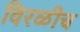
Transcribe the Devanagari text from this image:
विरळीच